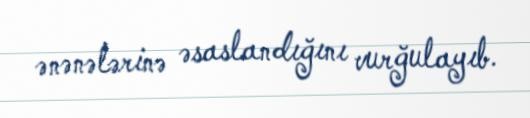
ənənələrinə əsaslandığını vurğulayıb.